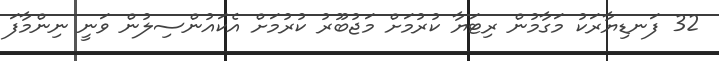
32 ފަނޑިޔާރަކު މަގާމުން ރިޓަޔާ ކުރުމަށް މަޖުބޫރު ކުރުމަށް އެކައުންސިލުން ވަނީ ނިންމާފަ